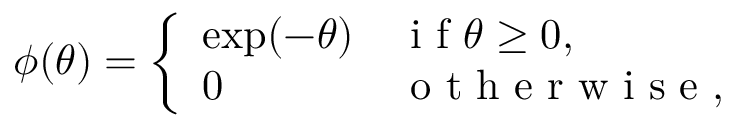
\phi ( \theta ) = \left\{ \begin{array} { l l } { \exp ( - \theta ) } & { \mathrm { ~ i ~ f ~ } \theta \geq 0 , } \\ { 0 } & { \mathrm { ~ o ~ t ~ h ~ e ~ r ~ w ~ i ~ s ~ e ~ } , } \end{array} \right.